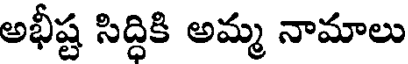
అభీష్ట సిద్ధికి అమ్మ నామాలు